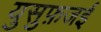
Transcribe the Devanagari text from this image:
युसुफ़जई